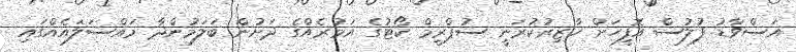
އަސްވާޑު ފުލުސް އޮފީހަށް ހާޒިރުކުރަނީ ސުޕްރީމް ކޯޓުގެ އަމުރެއްގެ ދަށުން ބަލަމުންދާ މައްސަލައެއްގައި